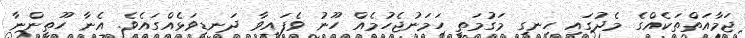
ޖަމާއަތްތަކެއްގެ މެދުގައި ހިނގި މަގުމަތީ ހަމަނުޖެހުމެއް ހޫނު ވެފައިވާ ދަނޑިވަޅެއްގައެވެ. އެނާ ހޫތީންނާ